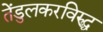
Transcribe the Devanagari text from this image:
तेंडुलकरविरुद्ध